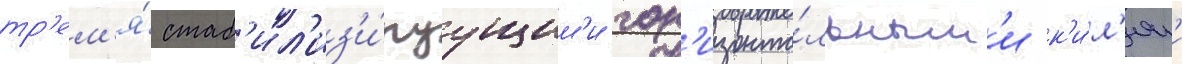
тр'ем'я́ стаб'ил'из'и́руущим'и гор'изонта́льным'и к'и́л'ям'и